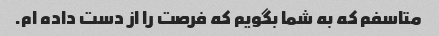
متاسفم که به شما بگویم که فرصت را از دست داده ام.